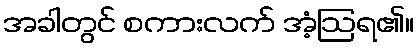
အခါတွင် စကားလက် အံ့ဩရ၏။